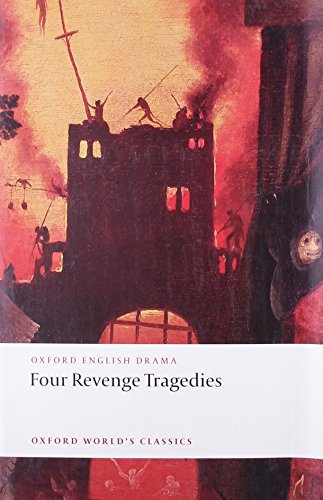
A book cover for Four Revenge Tragedies: (The Spanish Tragedy, The Revenger's Tragedy, The Revenge of Bussy D'Ambois, and The Atheist's Tragedy) (Oxford World's Classics); Literature & Fiction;